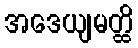
အဒေယျမတ္ထိ